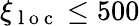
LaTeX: \xi_{\mathrm{~l~o~c~}}\leq 500